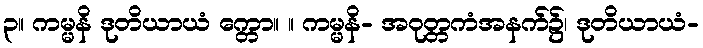
၃။ ကမ္မနိ ဒုတိယာယံ က္တော။ ။ ကမ္မနိ- အဝုတ္တကံအနက်၌၊ ဒုတိယာယံ-